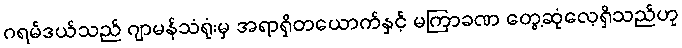
ဂရမ်ဒယ်သည် ဂျာမန်သံရုံးမှ အရာရှိတယောက်နှင့် မကြာခဏ တွေ့ဆုံလေ့ရှိသည်ဟု